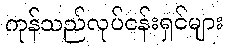
ကုန်သည်လုပ်ငန်းရှင်များ